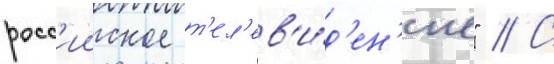
росс'ииское т'ел'ев'и́д'ен'ие" // С